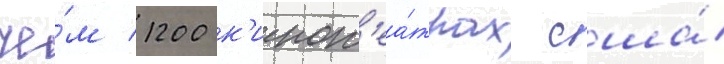
че́м 1200 к'инот'еа́трах сша́